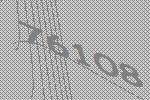
76108